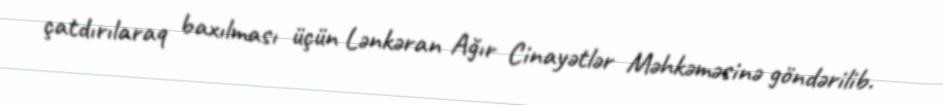
çatdırılaraq baxılması üçün Lənkəran Ağır Cinayətlər Məhkəməsinə göndərilib.